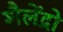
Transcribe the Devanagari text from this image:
शैलेंद्रो